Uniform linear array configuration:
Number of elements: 32
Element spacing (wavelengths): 0.5
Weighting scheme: blackman
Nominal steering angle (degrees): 45
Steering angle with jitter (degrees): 45.407
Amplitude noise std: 0.05
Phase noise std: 0.05

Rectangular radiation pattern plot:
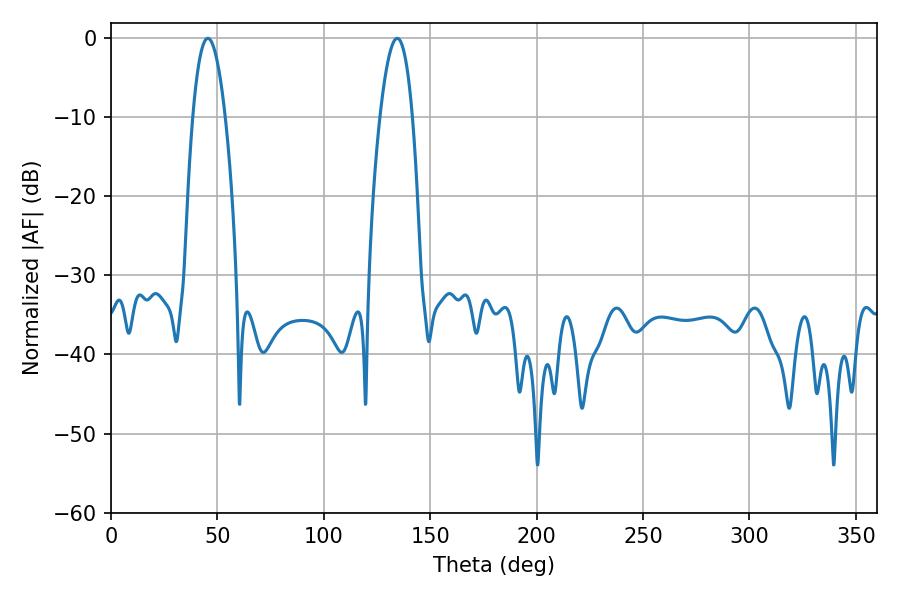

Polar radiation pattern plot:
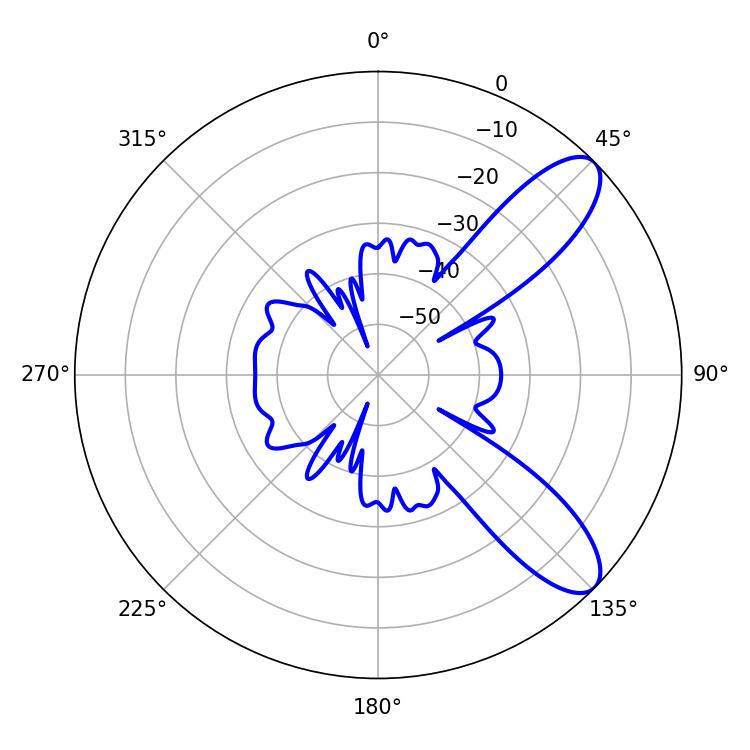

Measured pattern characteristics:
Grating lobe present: FALSE
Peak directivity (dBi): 9.477
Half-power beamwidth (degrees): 8.46
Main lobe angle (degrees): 45.54